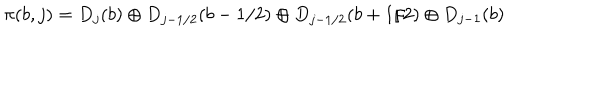
LaTeX: \pi ( b , j ) = D _ { j } ( b ) \oplus D _ { j - 1 / 2 } ( b - 1 / 2 ) \oplus D _ { j - 1 / 2 } ( b + 1 / 2 ) \oplus D _ { j - 1 } ( b )